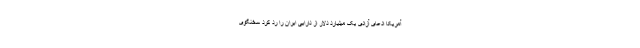
آمریکا ادعای آزادی یک میلیارد دلار از دارایی ایران را رد کرد سخنگوی